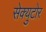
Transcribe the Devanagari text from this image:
सेक्युटोर